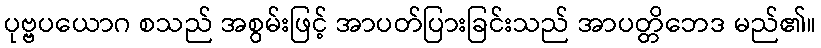
ပုဗ္ဗပယောဂ စသည် အစွမ်းဖြင့် အာပတ်ပြားခြင်းသည် အာပတ္တိဘေဒ မည်၏။